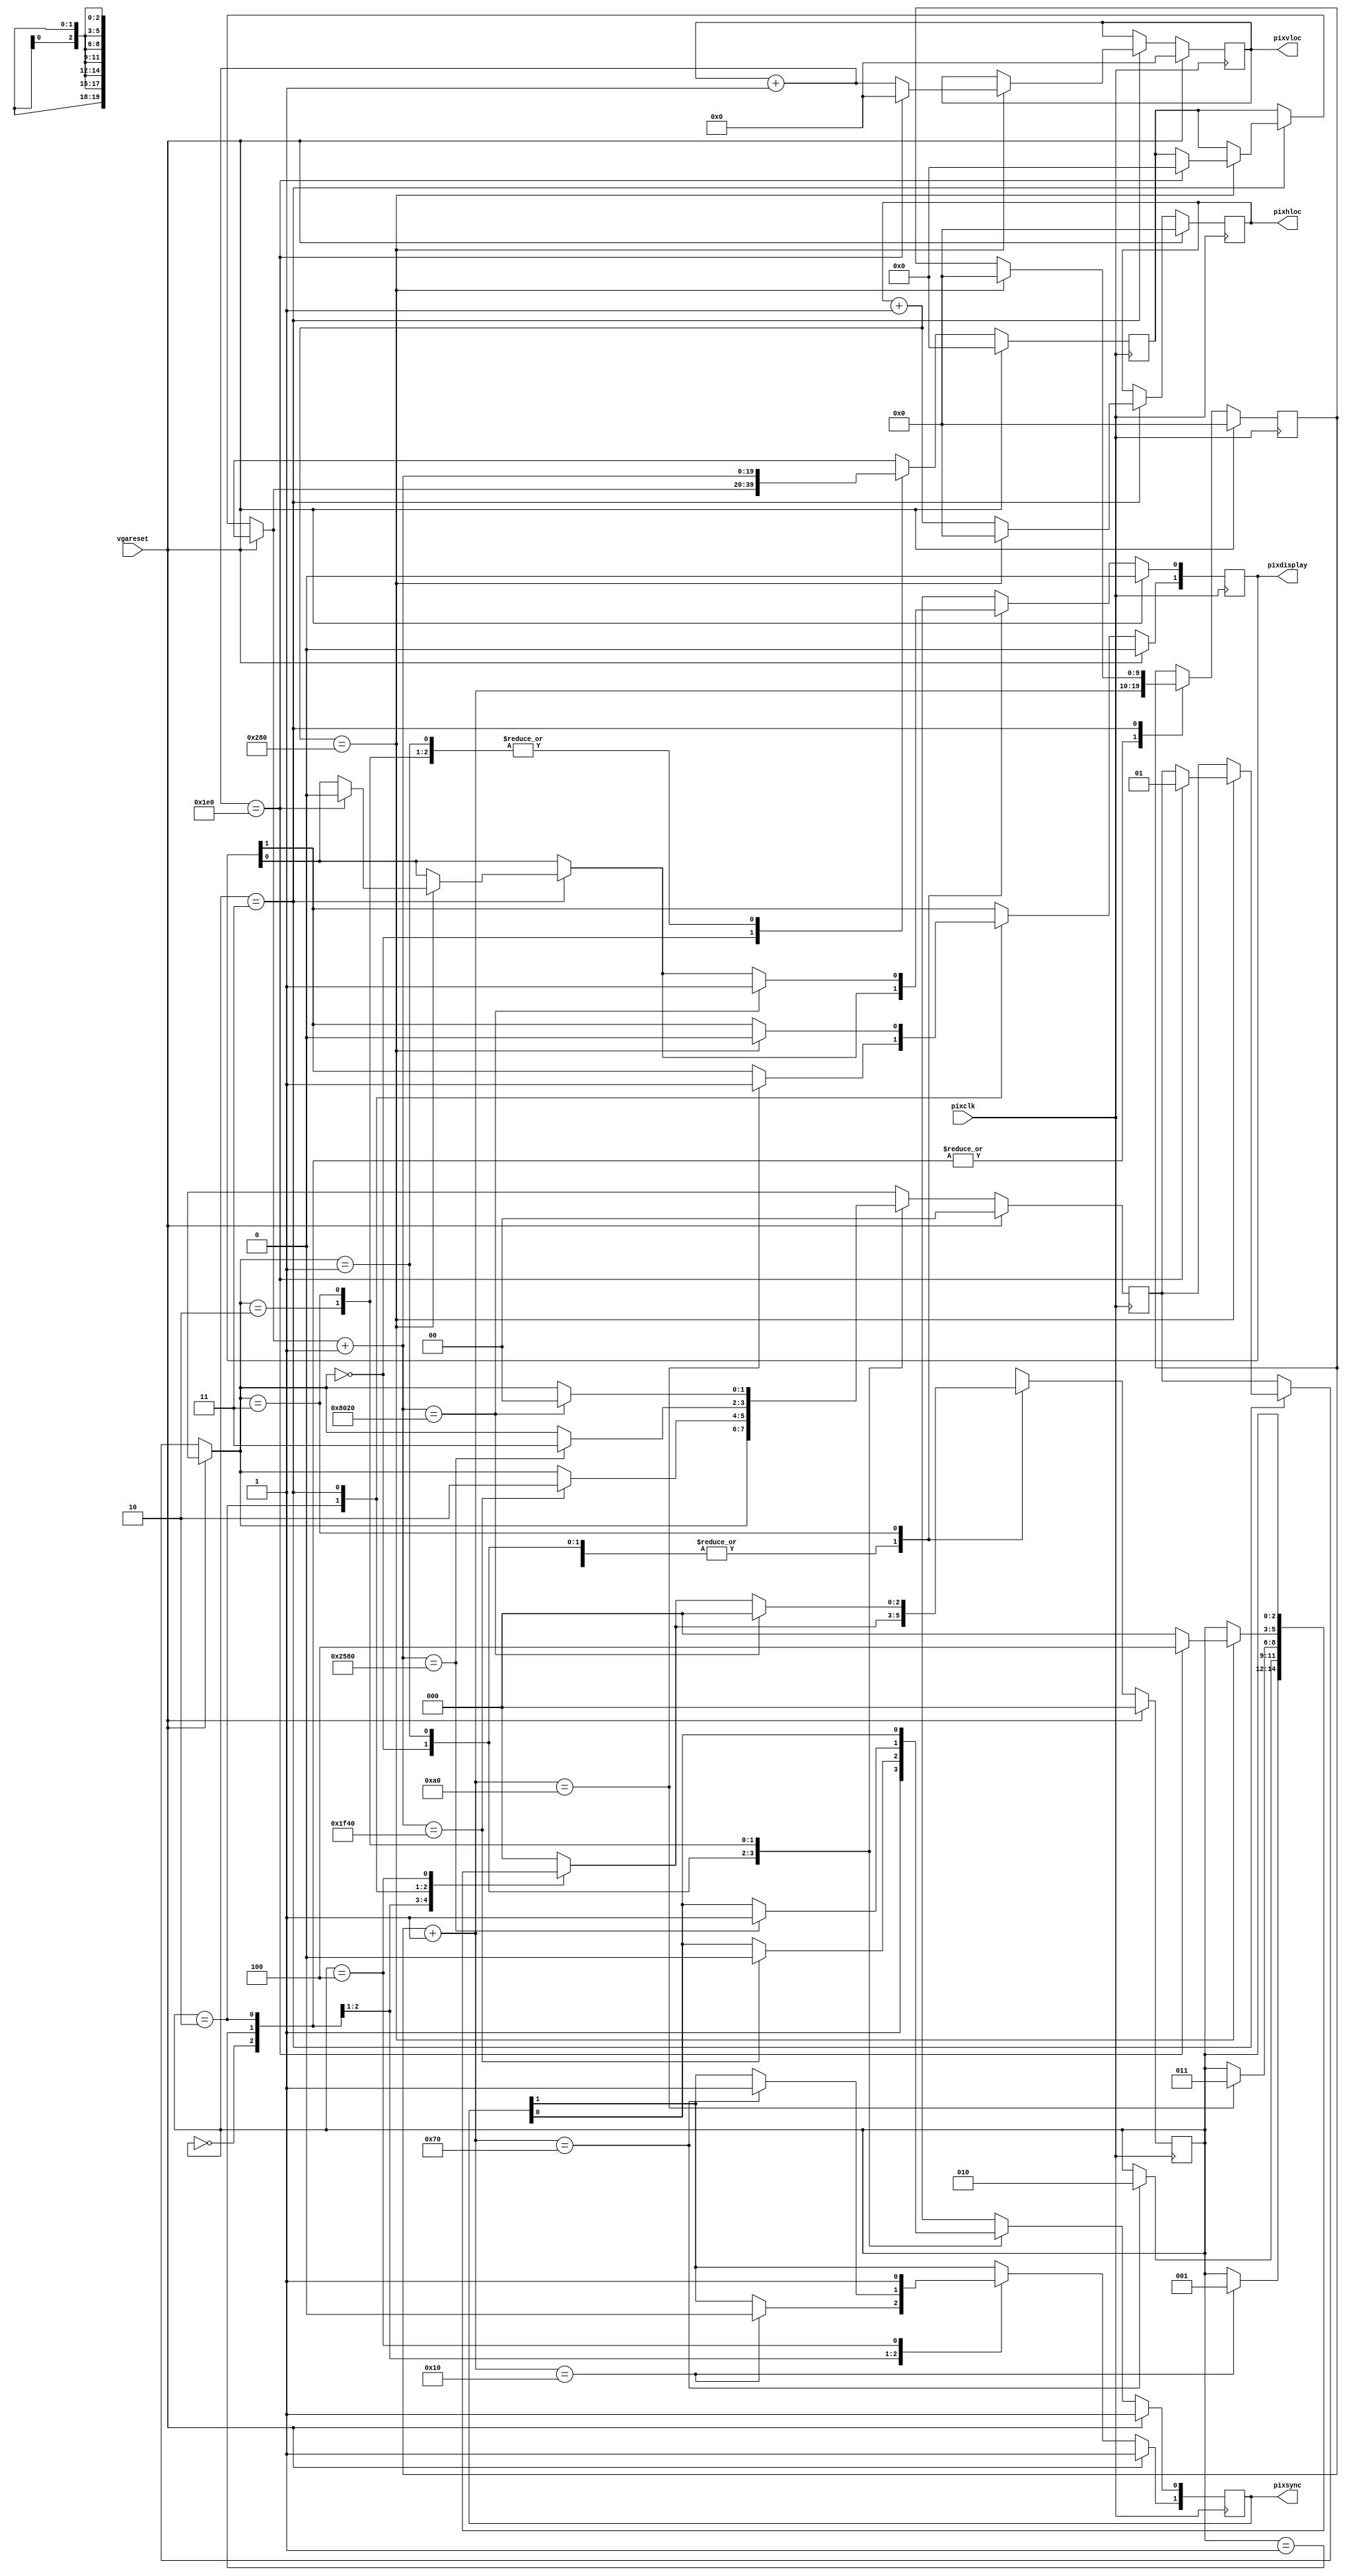
// VGA display vgavideo.v
// c 2012 Embedded Design using Programmable Gate Arrays  Dennis Silage

module vgavideo(input pixclk, vgareset, output reg [9:0] pixhloc=0,
                output reg [8:0] pixvloc=0, output reg [1:0] pixsync=3,
					 output reg [1:0] pixdisplay=0);
					
reg [2:0] vgahstate=0;		// horizontal state register
reg [9:0] vgahcount=0;		// horizontal pixel counter
reg [1:0] vgavstate=0;		// vertical state register
reg [19:0] vgavcount=0;		// vertical line counter

always@(posedge pixclk)
	begin
		if (vgareset==1)
			begin
				pixsync=3;
				pixdisplay=0;
				vgahstate=0;
				vgahcount=0;
				pixhloc=0;
				vgavstate=0;
				vgavcount=0;
				pixvloc=0;
			end
		else
			begin		
				case (vgahstate)	// horizontal sync
				0: begin
						vgahcount=vgahcount+1;
						if (vgahcount==16)	// HS front porch
							begin
								pixsync[1]=0;	//HS pulse
								vgahstate=1;
							end
					end
				1:	begin
						vgahcount=vgahcount+1;
						if (vgahcount==112)	// HS pulse width, +96 counts
							begin
								pixsync[1]=1;
								vgahstate=2;
							end
						end
				2:	begin
						vgahcount=vgahcount+1;
						if (vgahcount==160)	//  HS back porch, +48 counts
							begin
								pixdisplay[1]=1;
								vgahstate=3;
							end
					end
				3: begin
						pixhloc=pixhloc+1;
						if (pixhloc==640)		// end of display
							begin
								pixdisplay[1]=0;
								pixhloc=0;
								vgahcount=0;
								pixvloc=pixvloc+1;
								if (pixvloc==480)
									begin
										pixdisplay[0]=0;
										pixvloc=0;
										vgavcount=0;
										vgavstate=1;
										vgahstate=4;
									end
								else
									vgahstate=0;
							end
					end
				4:	begin
						pixsync[1]=1;
					end
				default: vgahstate=0;
				endcase
		
				case (vgavstate)	// vertical sync
				0: begin
						pixsync[0]=1;
					end
				1: begin
						vgavcount=vgavcount+1;
						if (vgavcount==8000)	// VS front porch
							begin
								pixsync[0]=0;	// VS pulse
								vgavstate=2;
							end
					end
				2:	begin
						vgavcount=vgavcount+1;
						if (vgavcount==9600)	// VS pulse width, +1600 counts
							begin
								pixsync[0]=1;
								vgavstate=3;
							end
					end
				3:	begin
						vgavcount=vgavcount+1;
						if (vgavcount==32800)	// back porch, +23 200 counts
							begin
								pixdisplay[0]=1;
								vgavstate=0;
								vgahstate=0;
							end
					end
			endcase
		end
	end

endmodule